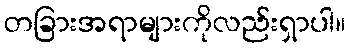
တခြားအရာများကိုလည်းရှာပါ။